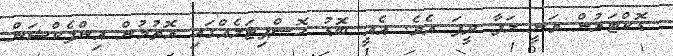
ޑޮކްޓަރުން ވަނީ ލަފާ ދީފަ އެވެ. އެއީ ބޮޑު ހޮސްޕިޓަލެއްގައި އޮތުމުން އިންފެކްޝަން